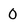
Character: 0